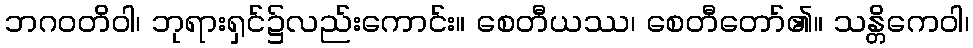
ဘဂဝတိဝါ၊ ဘုရားရှင်၌လည်းကောင်း။ စေတီယဿ၊ စေတီတော်၏။ သန္တိကေဝါ၊